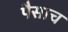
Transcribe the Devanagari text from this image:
पैसाच